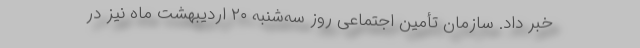
خبر داد. سازمان تأمین‌ اجتماعی روز سه‌شنبه ۲۰ اردیبهشت ماه نیز در